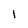
Character: I